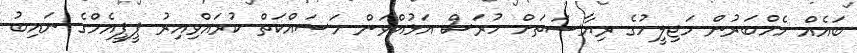
ބައެއް މެމްބަރުން މަޖިލީހުގެ ރިޔާސަތަށް ހުރަސް އަޅުއްވަން މަސައްކަތް ކުރައްވިއިރު ޕީޕީއެމްގެ ނައިބު